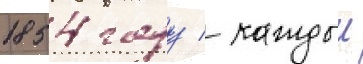
1854 году / каждыи